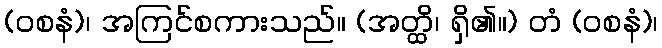
(ဝစနံ)၊ အကြင်စကားသည်။ (အတ္ထိ၊ ရှိ၏။) တံ (ဝစနံ)၊